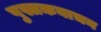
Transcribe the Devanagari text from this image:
पुस्तकवाचन